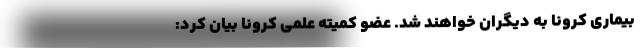
بیماری کرونا به دیگران خواهند شد. عضو کمیته علمی کرونا بیان کرد: